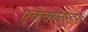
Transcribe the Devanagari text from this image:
एकेक्स्ज़ैन्डर